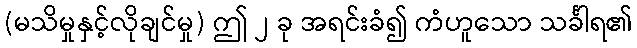
(မသိမှုနှင့်လိုချင်မှု) ဤ ၂ ခု အရင်းခံ၍ ကံဟူသော သင်္ခါရ၏